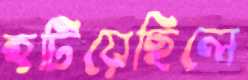
হটিয়েছিলে